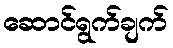
ဆောင်ရွက်ချက်